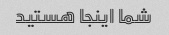
شما اینجا هستید